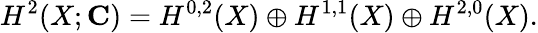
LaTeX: H^{2}(X;{\mathbf C})=H^{0,2}(X)\oplus H^{1,1}(X)\oplus H^{2,0}(X).